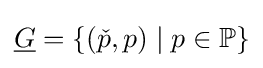
{\underline {G}}=\{({\check {p}},p)\mid p\in \mathbb {P} \}